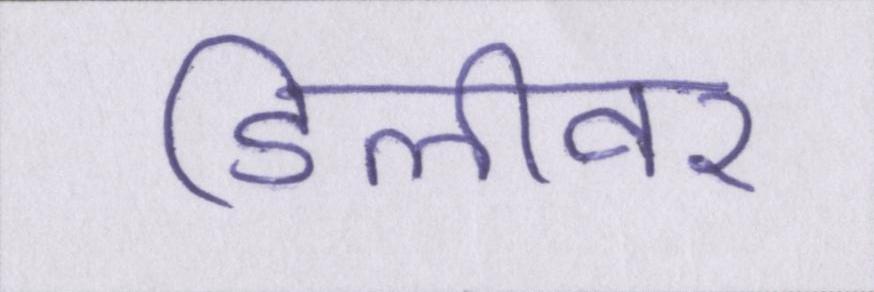
डिलीवर